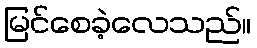
မြင်စေခဲ့လေသည်။